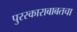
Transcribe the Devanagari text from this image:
पुरस्काराबाबतचा